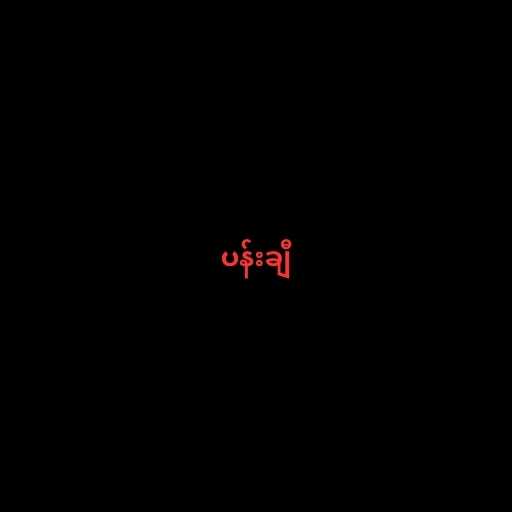
ပန်းချီ